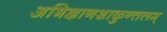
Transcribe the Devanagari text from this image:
अभिज्ञानशाकुन्तलम्‌